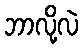
ဘာလို့လဲ